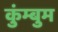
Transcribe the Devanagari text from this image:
कुंम्बुम